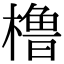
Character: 橹